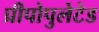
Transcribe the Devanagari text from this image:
प्रीपोपुलेटेड